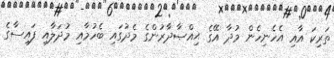
ތަރިކަ އާއި އެހެނިހެން މުދާ އޭގެ ޙިއްޞާދާރުންގެ މެދުގައި ބެހުމާއި މުދަލާއި ފައިސާގެ